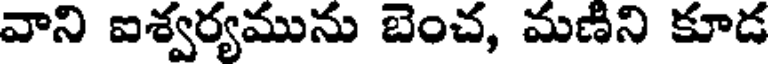
వాని ఐశ్వర్యమును బెంచ, మణిని కూడ